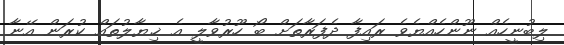
ލިބުނީހެއް ނޫންހެއްޔެވެ ރައިފާ ދެފަރާތަށް ބޯ ހޫރުވާލީ އެ ޚިޔާލުތައް ކުރަން އޭނާ